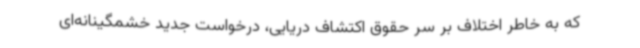
که به خاطر اختلاف بر سر حقوق اکتشاف دریایی، درخواست جدید خشمگینانه‌ای